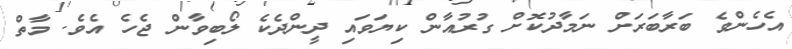
އެހެންވެ ބަރާބަރަށް ނަމާދުކޮށް ގުރުއާން ކިޔަވައި ދީންދެކެ ލޯބިވާން ޖެހެ އެވެ. މާތް